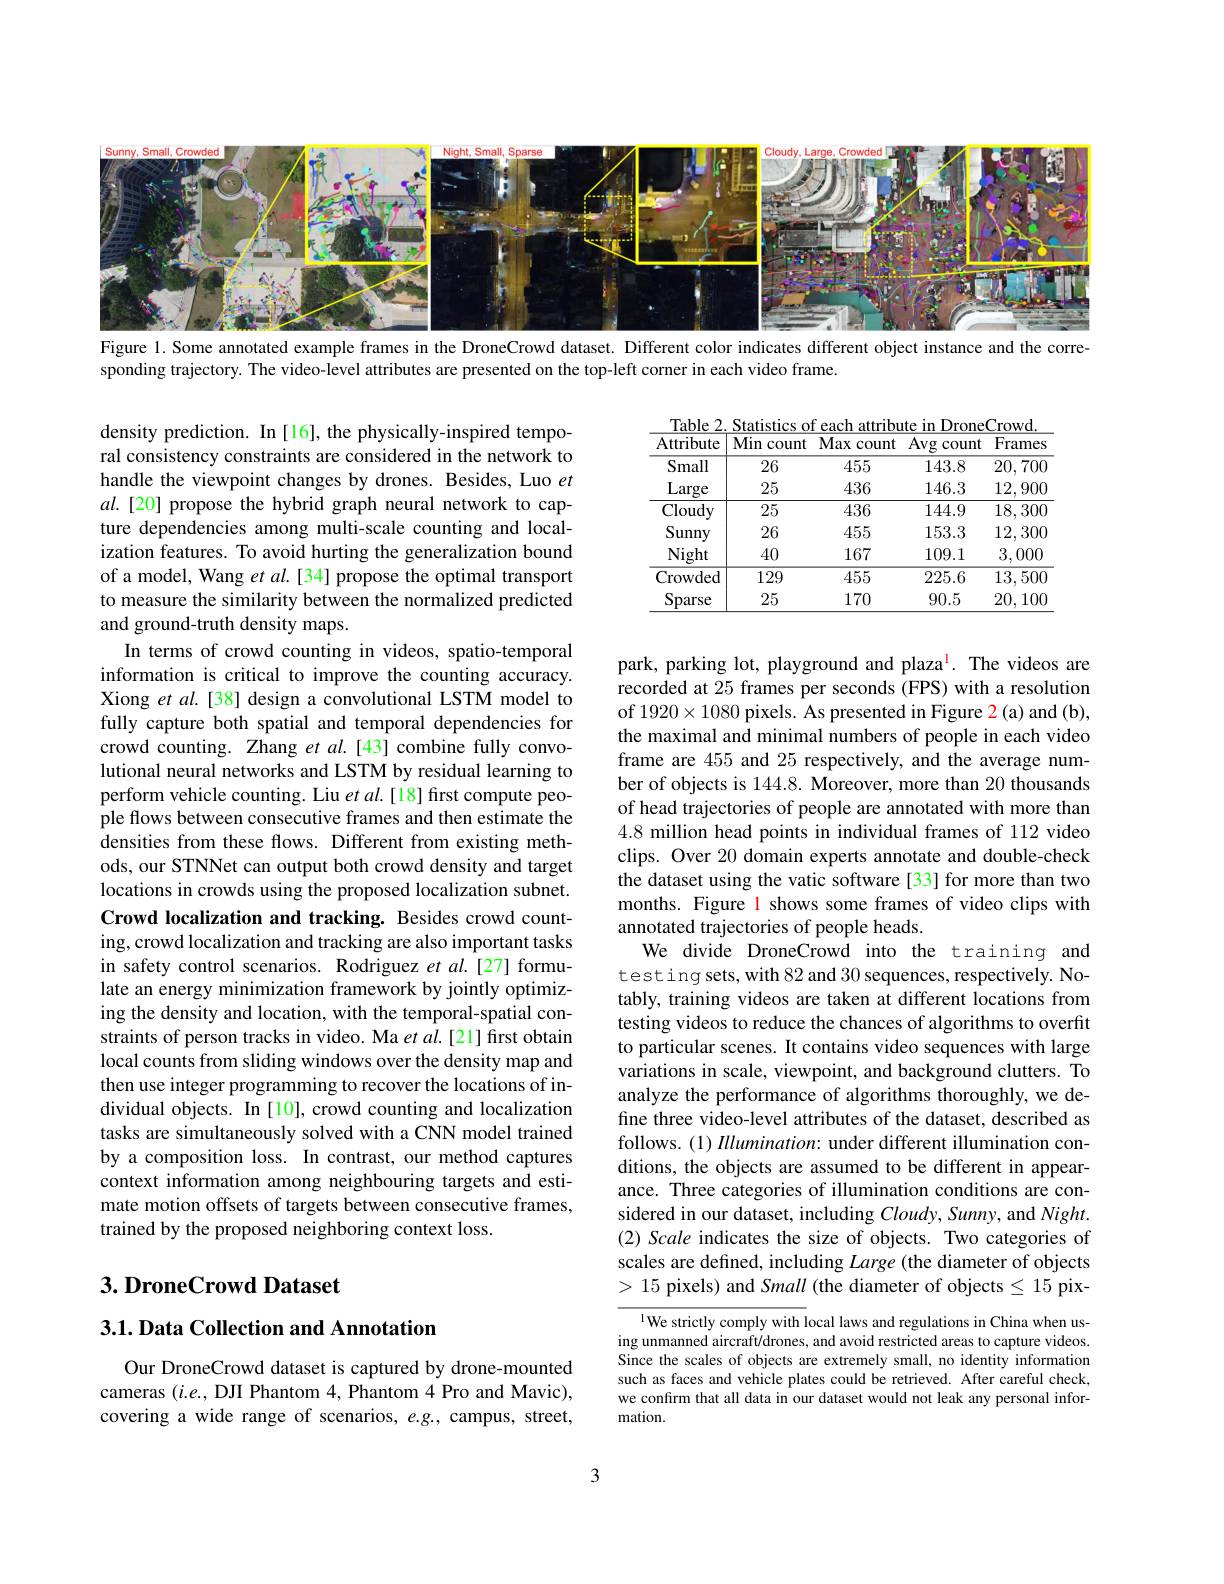
<FigureHere>
Figure 1. Some annotated example frames in the DroneCrowd dataset. Different color indicates different object instance and the corre-

sponding trajectory. The video-level attributes are presented on the top-left corner in each video frame.

Table 2. Statistics of each attribute in DroneCrowd.
<table>
	<tbody>
		<tr>
			<th>${\mathrm{Atribute}}$</th>
			<th>Min count 1</th>
			<th>Max count 1</th>
			<th>Avg count</th>
			<th>Frames</th>
		</tr>
		<tr>
			<td>Small</td>
			<td>26</td>
			<td>455</td>
			<td>143.8</td>
			<td>$\overline{20,700}$</td>
		</tr>
		<tr>
			<td>Large</td>
			<td>25</td>
			<td>436</td>
			<td>146.3</td>
			<td>12,900</td>
		</tr>
		<tr>
			<td>Cloudy</td>
			<td>25</td>
			<td>436</td>
			<td>144.9</td>
			<td>18,300</td>
		</tr>
		<tr>
			<td>Sunny</td>
			<td>26</td>
			<td>455</td>
			<td>153.3</td>
			<td>12,300</td>
		</tr>
		<tr>
			<td>Night</td>
			<td>40</td>
			<td>167</td>
			<td>109.1</td>
			<td>3,000</td>
		</tr>
		<tr>
			<td>Crowded</td>
			<td>129</td>
			<td>455</td>
			<td>225.6</td>
			<td>13,500</td>
		</tr>
		<tr>
			<td>Sparse</td>
			<td>25</td>
			<td>170</td>
			<td>90.5</td>
			<td>20, 100</td>
		</tr>
	</tbody>
</table>

density prediction. In [16], the physically-inspired temporal consistency constraints are considered in the network to handle the viewpoint changes by drones. Besides, Luo $et$ $al.[20]$ propose the hybrid graph neural network to capture dependencies among multi-scale counting and localization features. To avoid hurting the generalization bound of a model, Wang et al.[34] propose the optimal transport to measure the similarity between the normalized predicted and ground-truth density maps.
In terms of crowd counting in videos, spatio-temporal information is critical to improve the counting accuracy. Xiong et al.[38] design a convolutional LSTM model to fully capture both spatial and temporal dependencies for crowd counting. Zhang et $al.[43]$ combine fully convolutional neural networks and LSTM by residual learning to perform vehicle counting. Liu $etal.[18]$ first compute people flows between consecutive frames and then estimate the densities from these flows. Different from existing methods, our STNNet can output both crowd density and target locations in crowds using the proposed localization subnet. Crowd localization and tracking. Besides crowd counting, crowd localization and tracking are also important tasks in safety control scenarios. Rodriguez et $al.$[27] formulate an energy minimization framework by jointly optimizing the density and location, with the temporal-spatial constraints of person tracks in video. Ma et al.[21] first obtain local counts from sliding windows over the density map and then use integer programming to recover the locations of individual objects. In [10], crowd counting and localization tasks are simultaneously solved with a CNN model trained by a composition loss. In contrast, our method captures context information among neighbouring targets and estimate motion offsets of targets between consecutive frames, trained by the proposed neighboring context loss.

park, parking lot, playground and plaza$^{\mathrm{l}}.$ The videos are recorded at 25 frames per seconds (FPS) with a resolution of $1920\times1080$ pixels. As presented in Figure 2(a) and (b), the maximal and minimal numbers of people in each video frame are 455 and 25 respectively, and the average number of objects is 144.8. Moreover, more than 20 thousands of head trajectories of people are annotated with more than 4.8 million head points in individual frames of 112 video clips. Over 20 domain experts annotate and double-check the dataset using the vatic software [33] for more than two months. Figure l shows some frames of video clips with annotated trajectories of people heads.
We divide DroneCrowd into the training and testing sets, with 82 and 30 sequences, respectively. Notably, training videos are taken at different locations from testing videos to reduce the chances of algorithms to overfit to particular scenes. It contains video sequences with large variations in scale, viewpoint, and background clutters. To analyze the performance of algorithms thoroughly, we define three video-level attributes of the dataset, described as follows. (1) IIlumination: under different illumination conditions, the objects are assumed to be different in appearance. Three categories of illumination conditions are considered in our dataset, including Cloudy, Sunny, and Night. (2) Scale indicates the size of objects. Two categories of scales are defined, including Large (the diameter of objects >15 pixels) and Small (the diameter of objects $\leq15$ pix-
l We strictly comply with local laws and regulations in China when us-

## $3. \textbf{ DroneCrowd Dataset}$

3.1. Data Collection and Annotation

ing unmanned aircraft/drones, and avoid restricted areas to capture videos. Since the scales of objects are extremely small, no identity information such as faces and vehicle plates could be retrieved. After careful check, we confirm that all data in our dataset would not leak any personal infor- ${\mathrm{mation.}}$

Our DroneCrowd dataset is captured by drone-mounted cameras $(i.e.$, DJI Phantom 4, Phantom 4 Pro and Mavic), covering a wide range of scenarios, $e.g.$, campus, street,

3